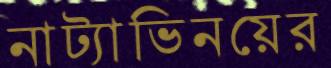
নাট্যাভিনয়ের